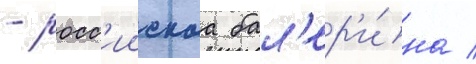
- росс'иискаа бал'ер'и́на /